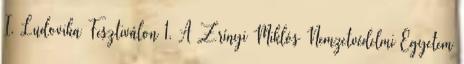
I. Ludovika Fesztiválon 1. A Zrínyi Miklós Nemzetvédelmi Egyetem